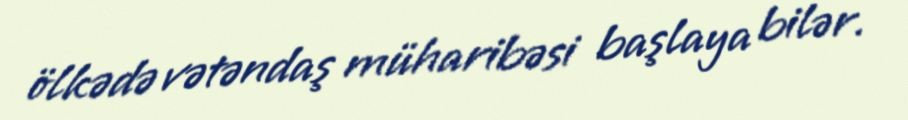
ölkədə vətəndaş müharibəsi başlaya bilər.